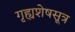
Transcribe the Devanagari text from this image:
गृह्यशेषसूत्र